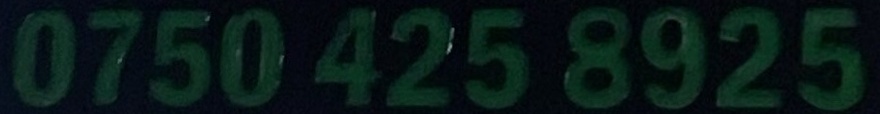
0750 425 8925